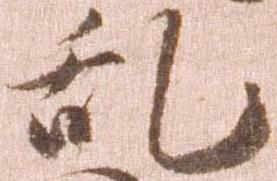
乱